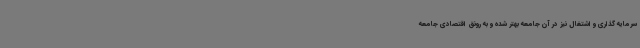
سرمایه گذاری و اشتغال نیز در آن جامعه بهتر شده و به رونق اقتصادی جامعه